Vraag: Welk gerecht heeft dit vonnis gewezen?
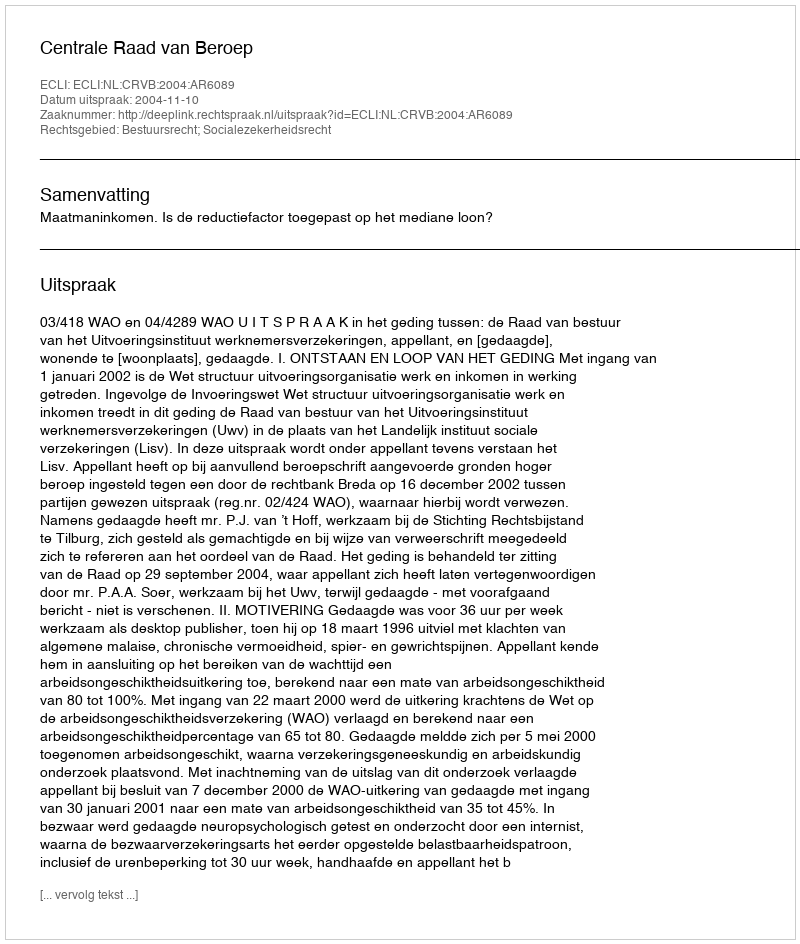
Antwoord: Centrale Raad van Beroep